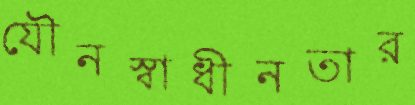
যৌনস্বাধীনতার